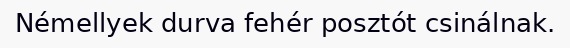
Némellyek durva fehér posztót csinálnak.